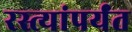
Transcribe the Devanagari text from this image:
रस्त्यांपर्यंत